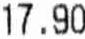
17.90